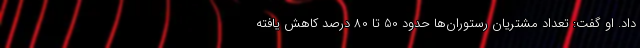
داد. او گفت: تعداد مشتریان رستوران‌ها حدود 50 تا 80 درصد کاهش یافته